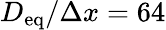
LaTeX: D_{\textup{eq}}/\Delta x=64